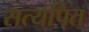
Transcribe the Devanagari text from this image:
सत्यपित